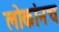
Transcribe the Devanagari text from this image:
लोकांनच